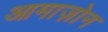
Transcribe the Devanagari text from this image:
आमाज़ोन